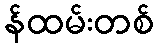
န်ထမ်းတစ်